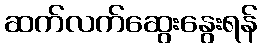
ဆက်လက်ဆွေးနွေးရန်